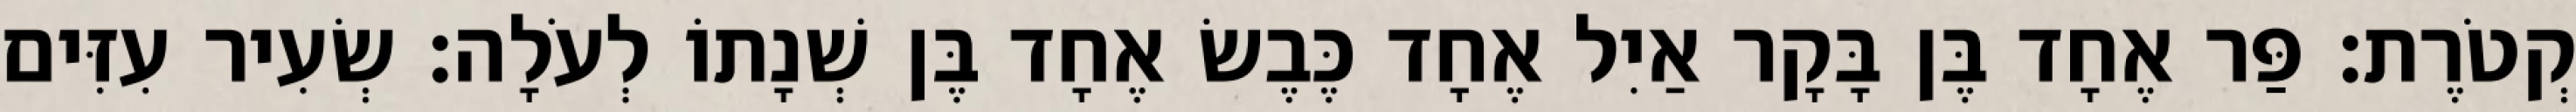
קְטֹרֶת׃ פַּר אֶחָד בֶּן בָּקָר אַיִל אֶחָד כֶּבֶשׂ אֶחָד בֶּן שְׁנָתוֹ לְעֹלָה׃ שְׂעִיר עִזִּים